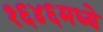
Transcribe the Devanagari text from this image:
१६४६मध्ये